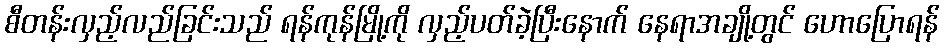
စီတန်းလှည့်လည်ခြင်းသည် ရန်ကုန်မြို့ကို လှည့်ပတ်ခဲ့ပြီးနောက် နေရာအချို့တွင် ဟောပြောရန်